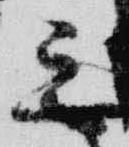
三